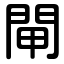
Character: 閘